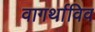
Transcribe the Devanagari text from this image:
वागर्थाविव